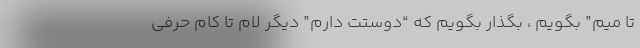
تا میم” بگویم ، بگذار بگویم که “دوستت دارم” دیگر لام تا کام حرفی